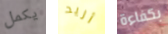
يكمل أريد بكفاءة